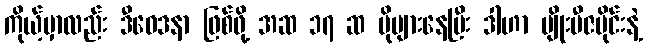
ကိုယ့်မှာလည်း ဒီဝေဒနာ ဖြစ်ဖို့ အဆ ၁၇ ဆ ပိုများနေပြီး ဒါဟာ မျိုးဗီဇပိုင်းနဲ့